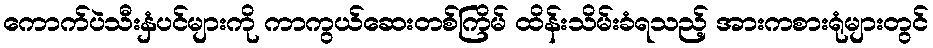
ကောက်ပဲသီးနှံပင်များကို ကာကွယ်ဆေးတစ်ကြိမ် ထိန်းသိမ်းခံရသည့် အားကစားရုံများတွင်